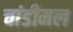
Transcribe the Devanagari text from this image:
चांडीमल